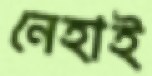
নেহাই